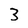
Character: 3